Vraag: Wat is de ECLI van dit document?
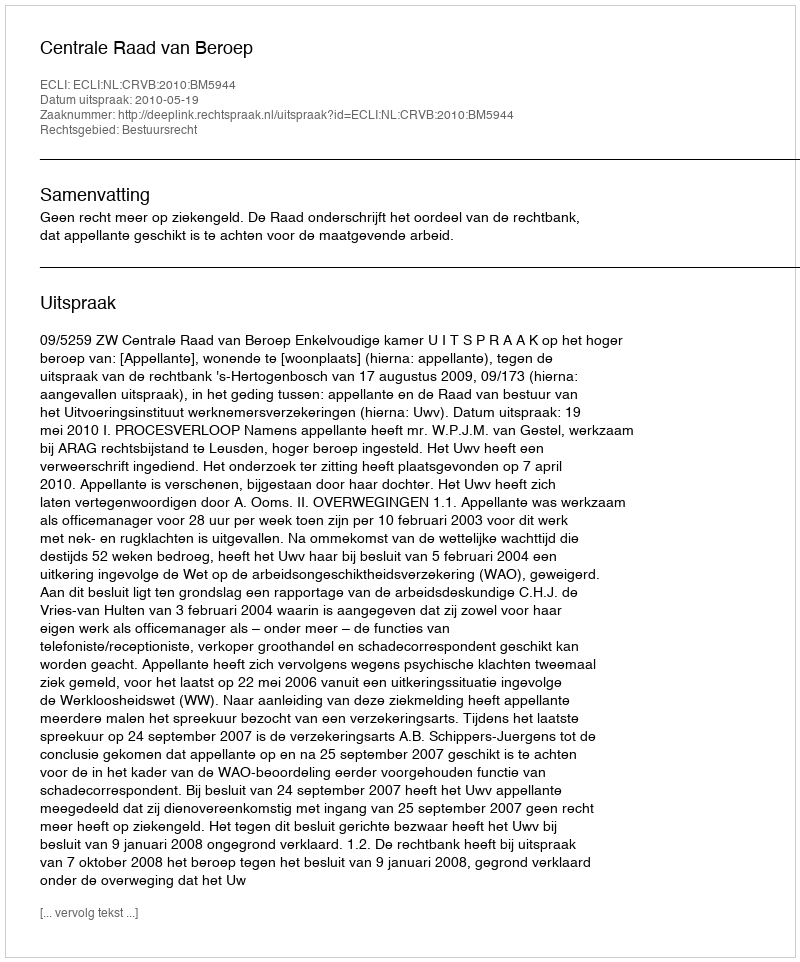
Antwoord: ECLI:NL:CRVB:2010:BM5944